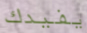
يفيدك